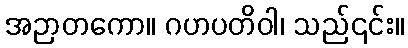
အဉာတကော။ ဂဟပတိဝါ၊ သည်၎င်း။